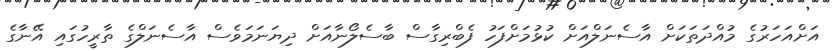
އަށްއަހަރުގެ މުއްދަތަކަށް އާސެނަލްއަށް ކުޅުމަށްފަހު ފެބްރިގާސް ބާސެލޯނާއަށް ދިޔަނަމަވެސް އާސެނަލްގެ ތާރީހުގައި އޭނާގެ